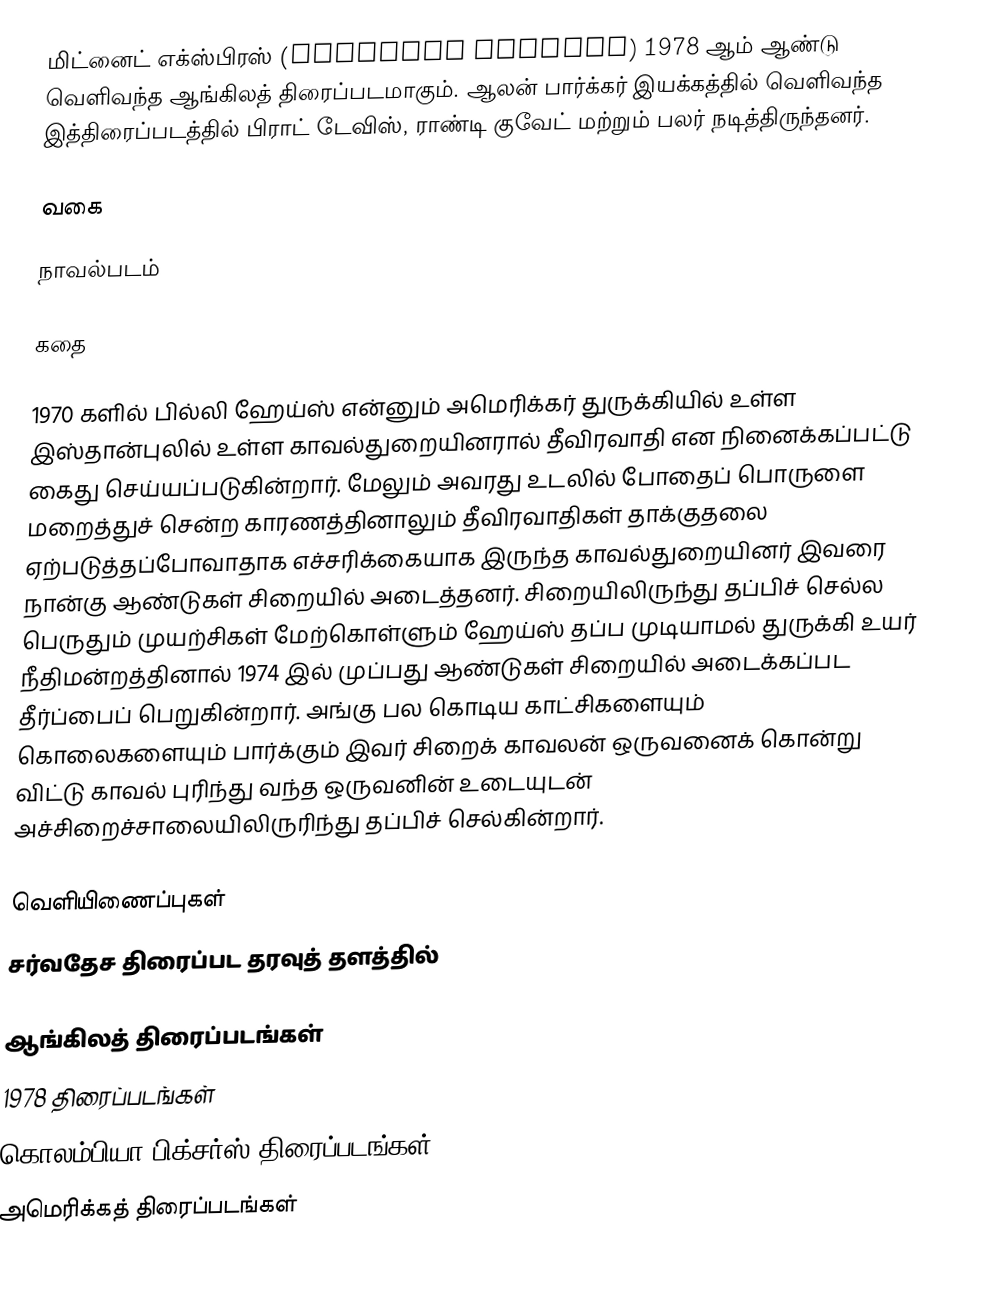
மிட்னைட் எக்ஸ்பிரஸ் (Midnight Express) 1978 ஆம் ஆண்டு வெளிவந்த ஆங்கிலத் திரைப்படமாகும். ஆலன் பார்க்கர் இயக்கத்தில் வெளிவந்த இத்திரைப்படத்தில் பிராட் டேவிஸ், ராண்டி குவேட் மற்றும் பலர் நடித்திருந்தனர்.

வகை

நாவல்படம்

கதை

1970 களில் பில்லி ஹேய்ஸ் என்னும் அமெரிக்கர் துருக்கியில் உள்ள இஸ்தான்புலில் உள்ள காவல்துறையினரால் தீவிரவாதி என நினைக்கப்பட்டு கைது செய்யப்படுகின்றார். மேலும் அவரது உடலில் போதைப் பொருளை மறைத்துச் சென்ற காரணத்தினாலும் தீவிரவாதிகள் தாக்குதலை ஏற்படுத்தப்போவாதாக எச்சரிக்கையாக இருந்த காவல்துறையினர் இவரை நான்கு ஆண்டுகள் சிறையில் அடைத்தனர். சிறையிலிருந்து தப்பிச் செல்ல பெருதும் முயற்சிகள் மேற்கொள்ளும் ஹேய்ஸ் தப்ப முடியாமல் துருக்கி உயர் நீதிமன்றத்தினால் 1974 இல் முப்பது ஆண்டுகள் சிறையில் அடைக்கப்பட தீர்ப்பைப் பெறுகின்றார். அங்கு பல கொடிய காட்சிகளையும் கொலைகளையும் பார்க்கும் இவர் சிறைக் காவலன் ஒருவனைக் கொன்று விட்டு காவல் புரிந்து வந்த ஒருவனின் உடையுடன் அச்சிறைச்சாலையிலிருரிந்து தப்பிச் செல்கின்றார்.

வெளியிணைப்புகள்
 சர்வதேச திரைப்பட தரவுத் தளத்தில்

ஆங்கிலத் திரைப்படங்கள்
1978 திரைப்படங்கள்
கொலம்பியா பிக்சர்ஸ் திரைப்படங்கள்
அமெரிக்கத் திரைப்படங்கள்